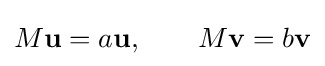
M\mathbf {u} =a\mathbf {u} ,\qquad M\mathbf {v} =b\mathbf {v}